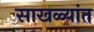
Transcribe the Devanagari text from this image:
साखळ्यांत